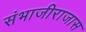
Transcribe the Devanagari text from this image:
संभाजीराजास